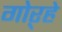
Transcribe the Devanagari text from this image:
गोऱ्हे